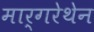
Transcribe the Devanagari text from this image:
मार्गरेथेन